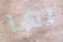
لها